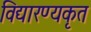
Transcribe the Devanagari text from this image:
विद्यारण्यकृत